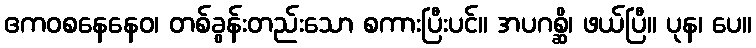
ဧကဝစနေနေဝ၊ တစ်ခွန်းတည်းသော စကားပြီးပင်။ အပဂစ္ဆိ၊ ဖယ်ပြီ။ ပုန၊ ပေ။